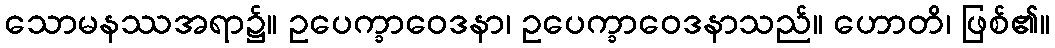
သောမနဿအရာ၌။ ဥပေက္ခာဝေဒနာ၊ ဥပေက္ခာဝေဒနာသည်။ ဟောတိ၊ ဖြစ်၏။